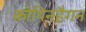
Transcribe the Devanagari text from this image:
कोपिनहैगन